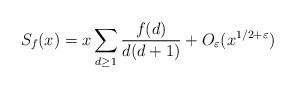
LaTeX: \begin{align*}S_f(x) = x\sum_{d\ge 1}\frac{f(d)}{d(d+1)} + O_{\varepsilon}(x^{1/2+\varepsilon})\end{align*}